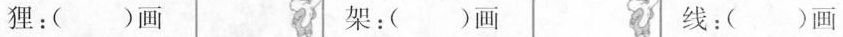
狸：( )画 架：( )画 线：( )画